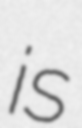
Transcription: is